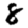
Digit: 8